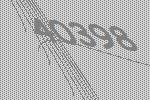
40398